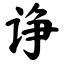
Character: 诤